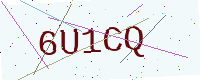
Text: 6U1CQ